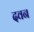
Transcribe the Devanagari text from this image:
दवन